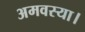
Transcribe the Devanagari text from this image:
अमवस्या।